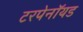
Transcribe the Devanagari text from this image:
टरपेनॉयड